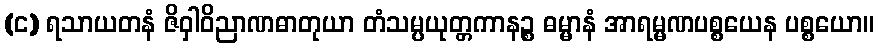
(င) ရသာယတနံ ဇိဝှါဝိညာဏဓာတုယာ တံသမ္ပယုတ္တကာနဉ္စ ဓမ္မာနံ အာရမ္မဏပစ္စယေန ပစ္စယော။